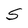
Character: S